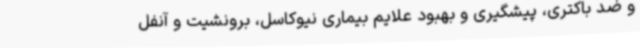
و ضد باکتری، پیشگیری و بهبود علایم بیماری نیوکاسل، برونشیت و آنفل